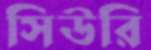
সিউরি